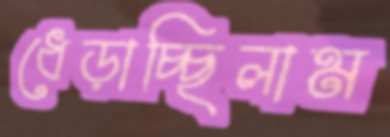
ধেড়াচ্ছিলাম